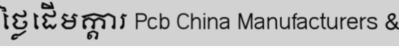
ថ្លៃដើមក្តារ Pcb China Manufacturers &